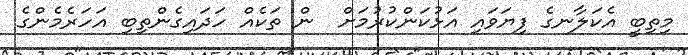
މިތިބީ އެކަލާނގެ ފިޔަވައި އަޅުކަންކުރުމަށް  ން ތަކެއް ހަދައިގެންތިބި އަހަރެމެންގެ